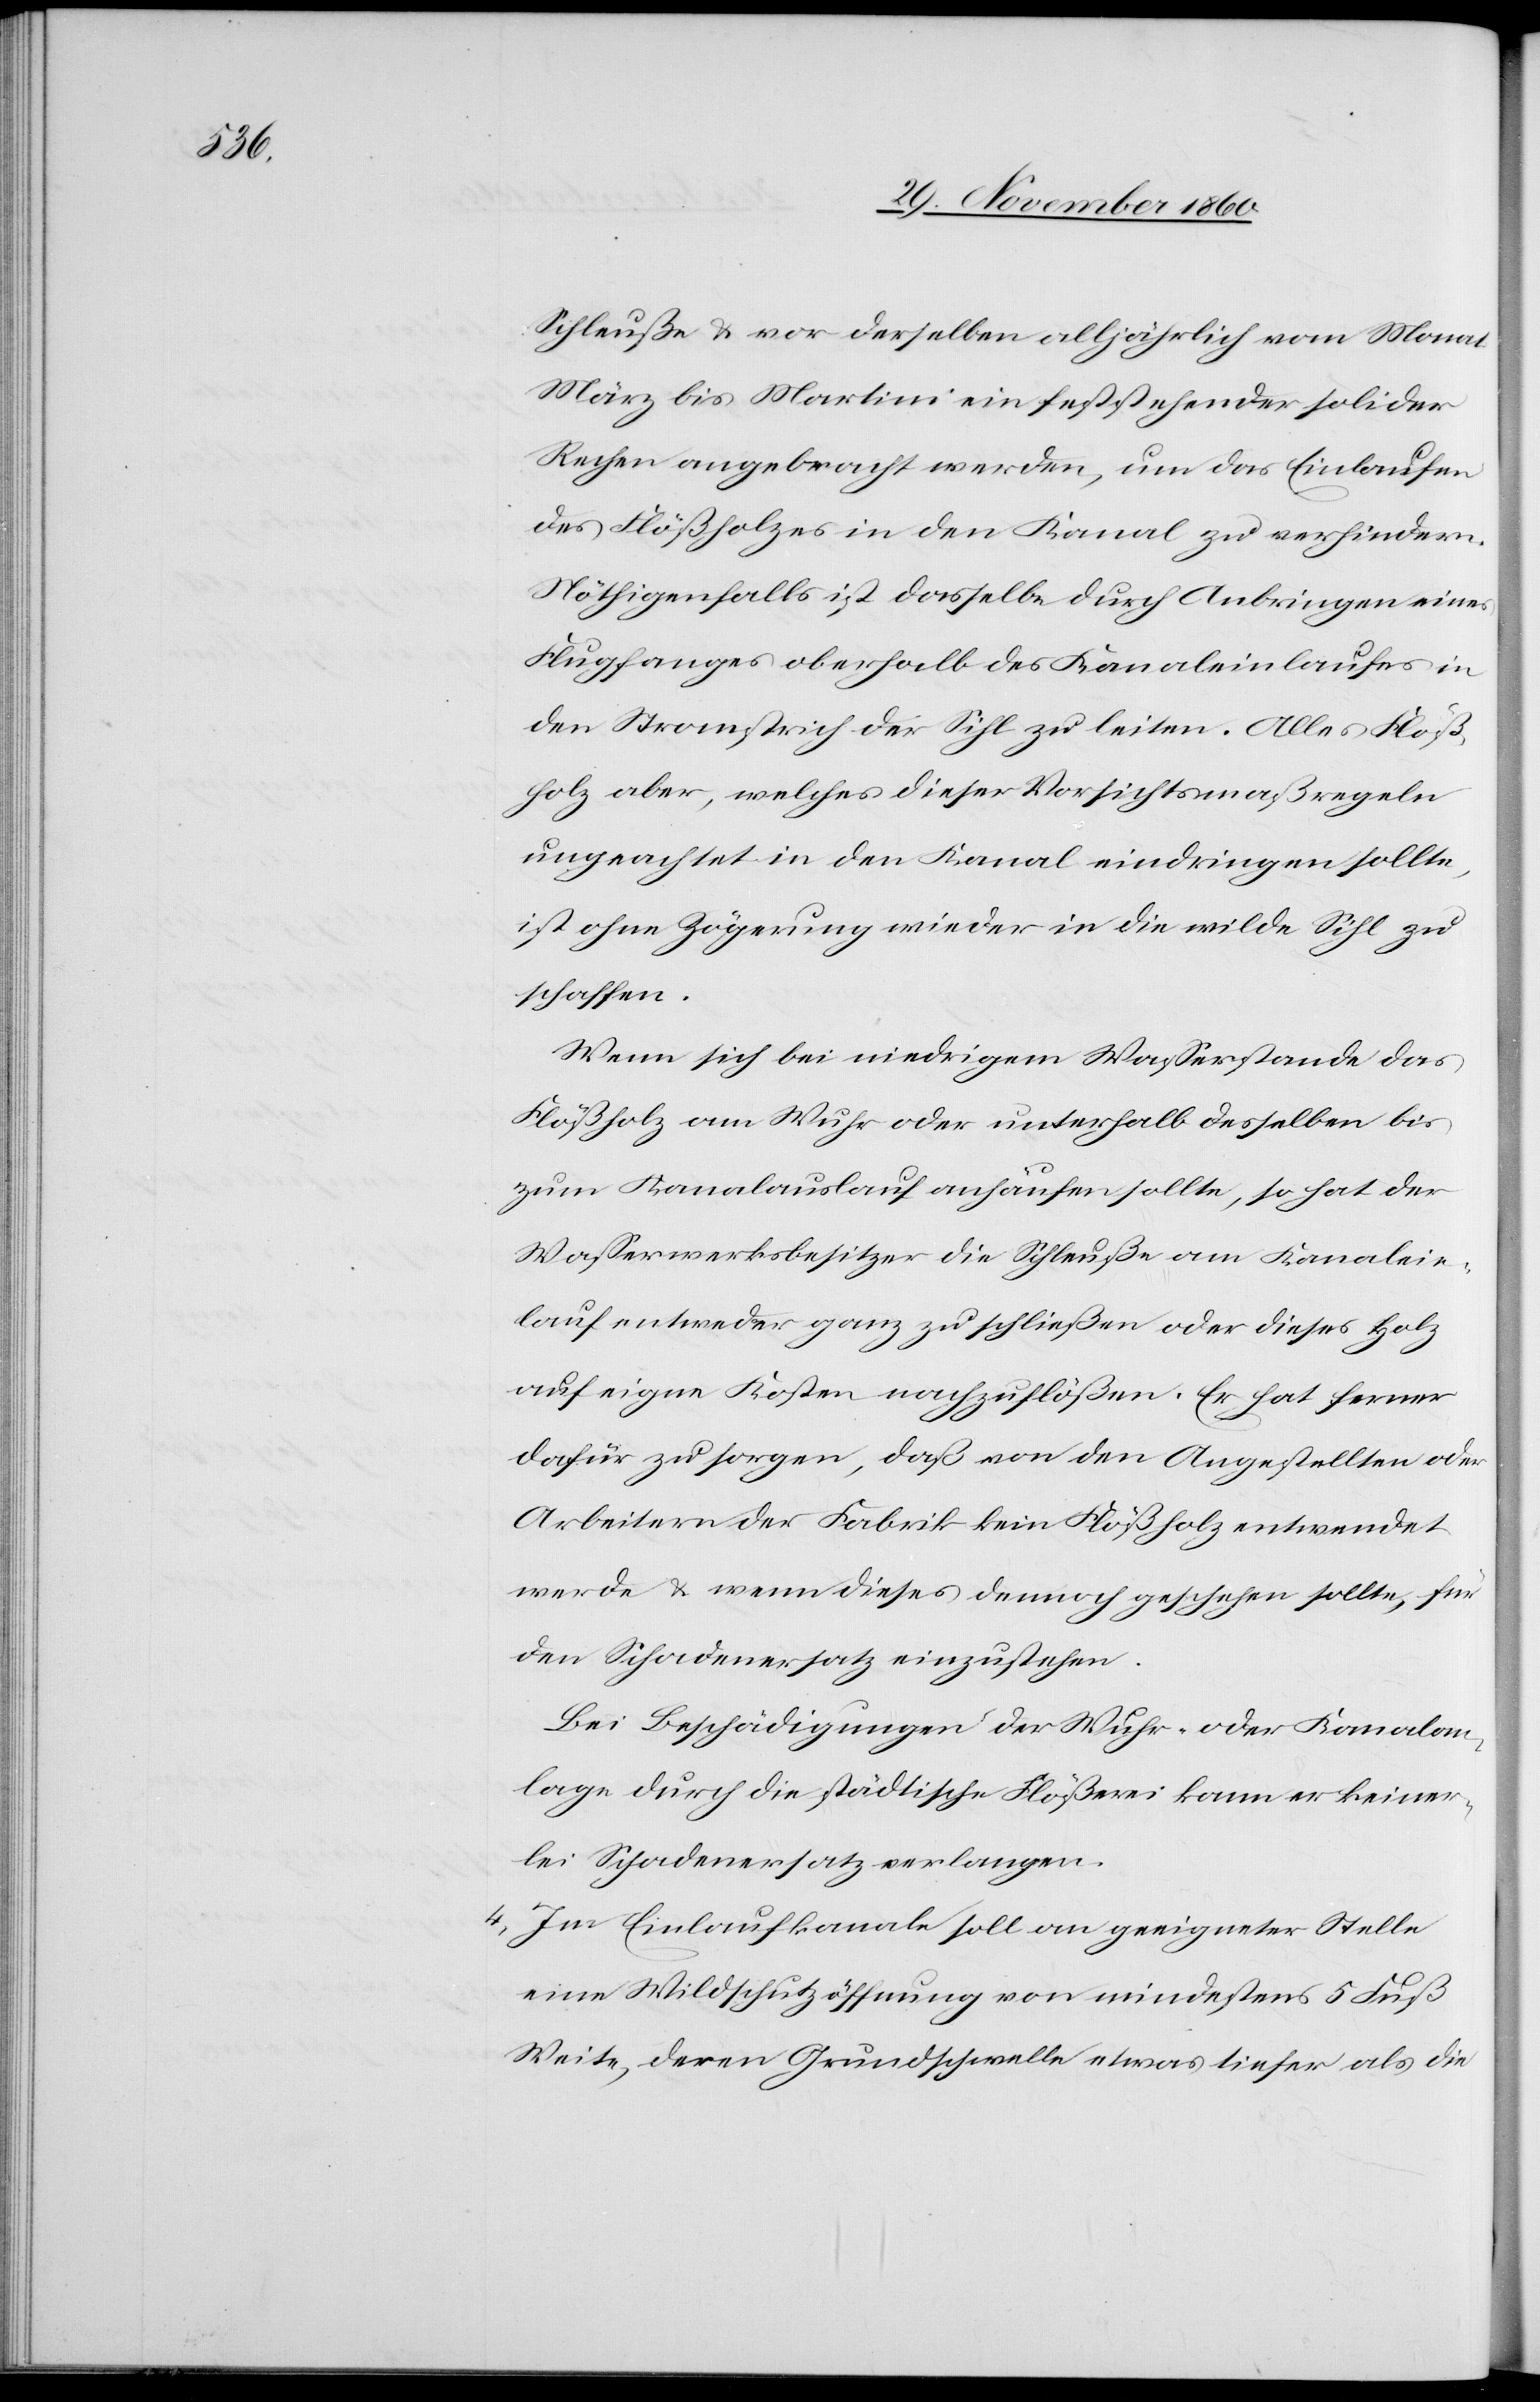
Schleuße u. vor derselben alljährlich vom Monat
März bis Martini ein feststehender solider
Rechen angebracht werden, um das Einlaufen
des Flößholzes in den Kanal zu verhindern.
Nöthigenfalls ist dasselbe durch Anbringung eines
Flugfanges oberhalb des Kanaleinlaufes in
den Stromstrich der Sihl zu leiten. Alles Flöß¬
holz aber, welches dieser Vorsichtsmaßregeln
ungeachtet in den Kanal eindringen sollte,
ist ohne Zögerung wieder in die wilde Sihl zu
schaffen.
Wenn sich bei niedrigem Wasserstande das
Flößholz am Wuhr oder unterhalb desselben bis
zum Kanalauslauf anhäufen sollte, so hat der
Wasserwerksbesitzer die Schleuße am Kanalein¬
lauf entweder ganz zu schließen oder dieses Holz
auf eigene Kosten nachzuflößen. Er hat ferner
dafür zu sorgen, daß von den Angestellten oder
Arbeitern der Fabrik kein Flößholz entwendet
werde u. wenn dieses dennoch geschehen sollte, für
den Schadenersatz einzustehen.
Bei Beschädigungen der Wuhr- oder Kanalan¬
lage durch die städtische Flößerei kann er keiner¬
lei Schadenersatz verlangen.
4. Im Einlaufkanale soll an geeigneter Stelle
eine Wildschutzöffnung von mindestens 5 Fuß
Weite, deren Grundschwelle etwas tiefer als die